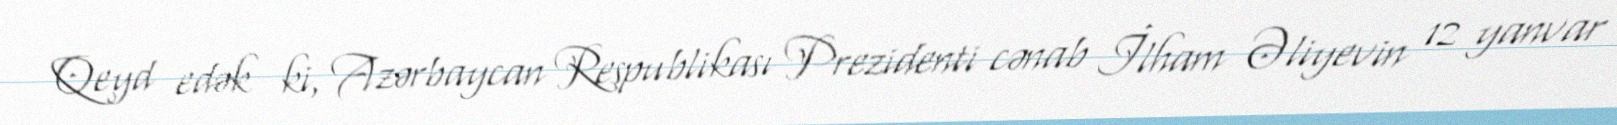
Qeyd edək ki, Azərbaycan Respublikası Prezidenti cənab İlham Əliyevin 12 yanvar